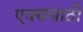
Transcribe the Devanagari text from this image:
एक्ससाठी